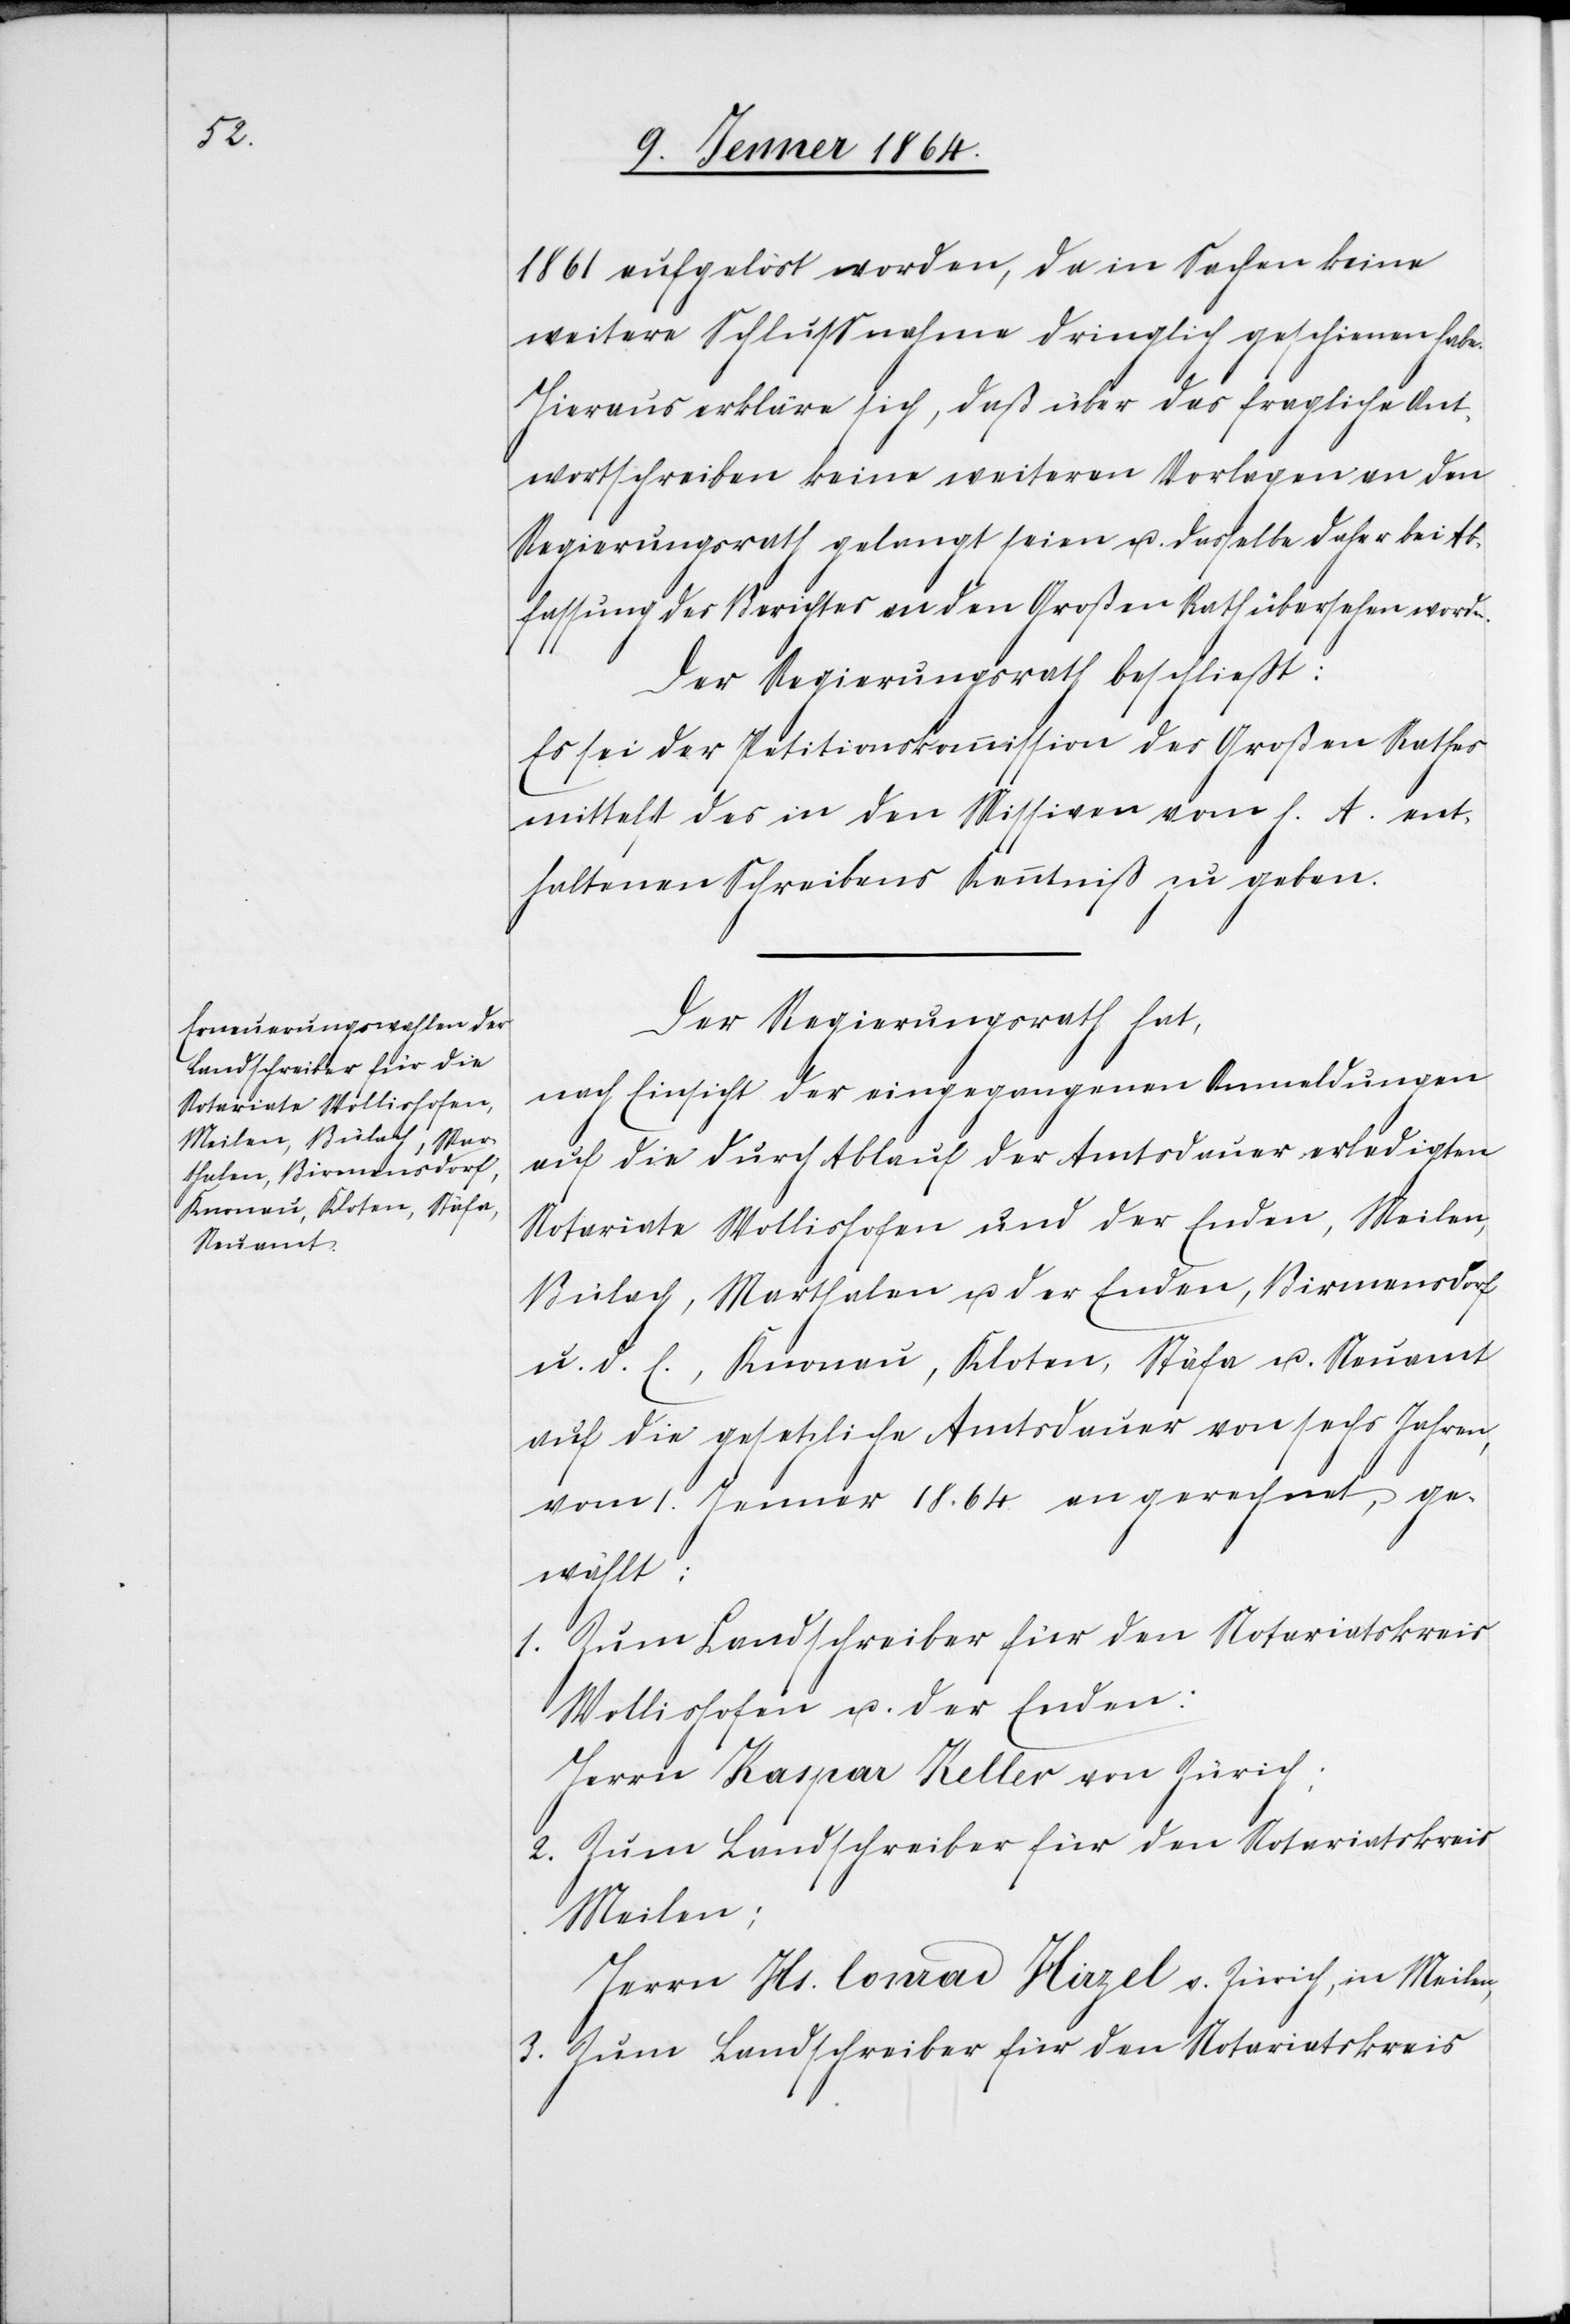
1861 aufgelöst worden, da in Sachen keine
weitere Schlussnahme dringlich geschienen habe.
Hieraus erkläre sich, daß über das fragliche Ant¬
wortschreiben keine weiteren Vorlagen an den
Regierungsrath gelangt seien u. derselbe daher bei Ab¬
fassung des Berichtes an den Großen Rath übersehen worden.
Der Regierungsrath beschließt:
Es sei der Petitionskommission des Großen Rathes
mittelst der in den Missiven vom h. A. ent¬
haltenen Schreibens Kenntniß zu geben.
Der Regierungsrath hat,
nach Einsicht der eingegangenen Anmeldungen
auf die durch Ablauf der Amtsdauer erfolgten
Notariate Wollishofen und der Enden, Meilen,
Bülach, Marthalen u. der Enden, Birmensdorf
u. d. l., Knonau, Kloten, Stäfa u. Neuamt
auf die gesetzliche Amtsdauer von sechs Jahren,
vom 1. Januar 1864 an gerechnet, ge¬
wählt:
Wollishofen u. der Enden:
Herrn Kaspar Keller von Zürich;
Zum Landschreiber für den Notariatskreis
Meilen:
Herrn Hs. Conrad Hirzel v. Zürich, in Meilen,
Zum Landschreiber für den Notariatskreis